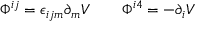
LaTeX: \Phi ^ { i j } = \epsilon _ { i j m } \partial _ { m } { \cal V } \qquad \Phi ^ { i 4 } = - \partial _ { i } { \cal V }